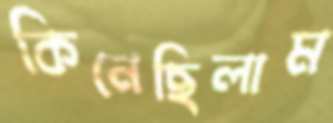
কিনেছিলাম